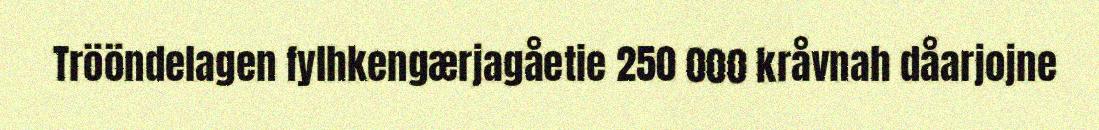
Trööndelagen fylhkengærjagåetie 250 000 kråvnah dåarjojne